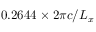
0 . 2 6 4 4 \times 2 \pi c / L _ { x }